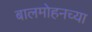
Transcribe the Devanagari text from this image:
बालमोहनच्या